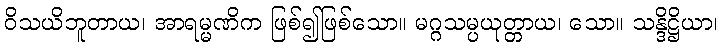
ဝိသယိဘူတာယ၊ အာရမ္မဏိက ဖြစ်၍ဖြစ်သော။ မဂ္ဂသမ္ပယုတ္တာယ၊ သော။ သန္ဒိဋ္ဌိယာ၊